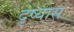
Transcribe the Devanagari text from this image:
दृष्यास